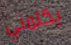
يكلمني